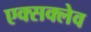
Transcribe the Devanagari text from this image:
एक्सक्लेव